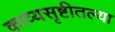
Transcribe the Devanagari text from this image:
काव्यसृष्टीतल्या